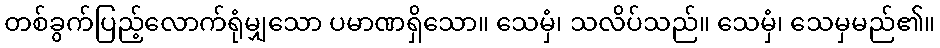
တစ်ခွက်ပြည့်လောက်ရုံမျှသော ပမာဏရှိသော။ သေမှံ၊ သလိပ်သည်။ သေမှံ၊ သေမှမည်၏။